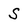
Character: S